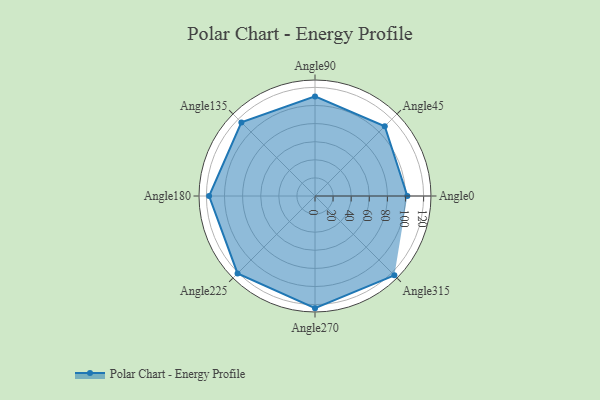
{"axis": {"x": "Angle", "y": "Radius"}, "legend": [""], "data": [{"x": "Angle0", "y": 102.0, "type": ""}, {"x": "Angle45", "y": 109.0, "type": ""}, {"x": "Angle90", "y": 110.0, "type": ""}, {"x": "Angle135", "y": 115.0, "type": ""}, {"x": "Angle180", "y": 117.0, "type": ""}, {"x": "Angle225", "y": 121.0, "type": ""}, {"x": "Angle270", "y": 124.0, "type": ""}, {"x": "Angle315", "y": 124.0, "type": ""}]}